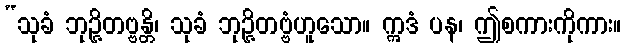
“သုခံ ဘုဉ္ဇိတဗ္ဗန္တိ၊ သုခံ ဘုဉ္ဇိတဗ္ဗံဟူသော။ ဣဒံ ပန၊ ဤစကားကိုကား။